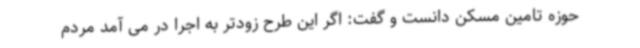
حوزه تامین مسکن دانست و گفت: اگر این طرح زودتر به اجرا در می آمد مردم